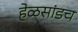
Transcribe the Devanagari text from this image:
हेळसांडच